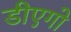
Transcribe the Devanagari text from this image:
डीएगो